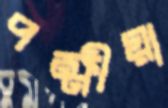
পক্ষীয়া